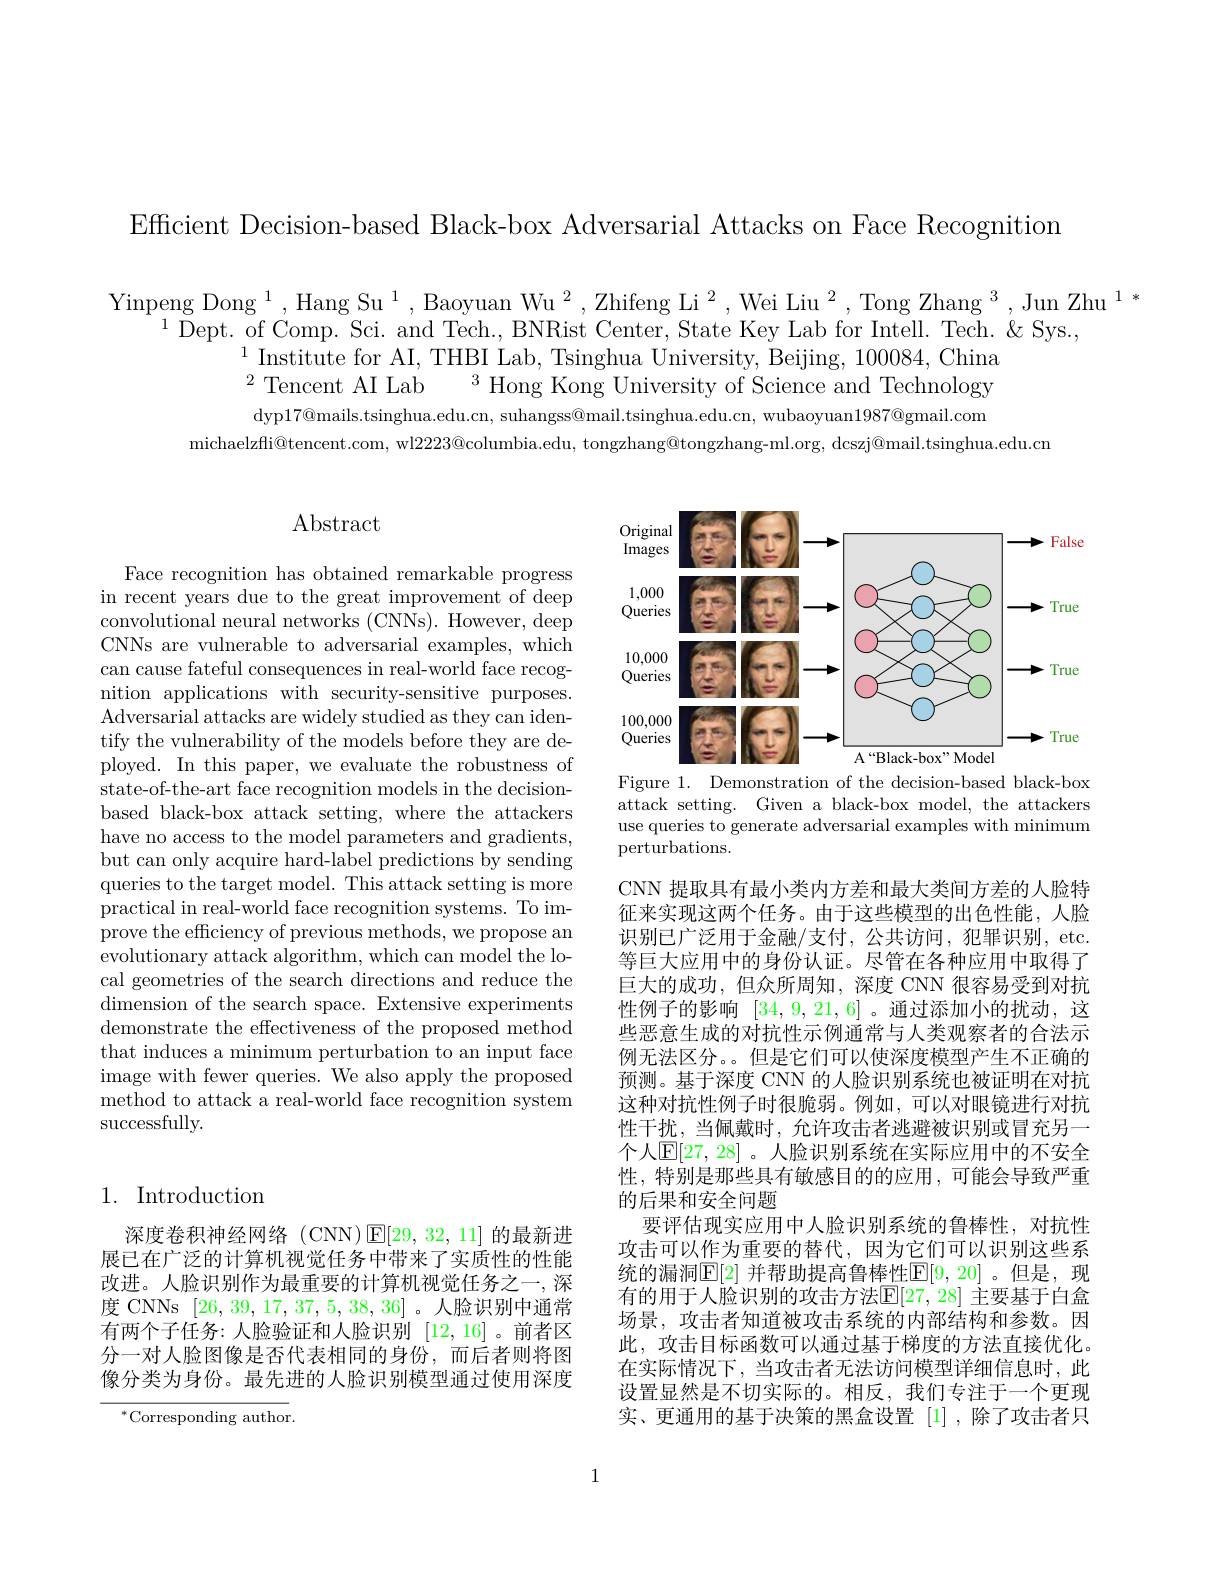
Efficient Decision-based Black-box Adversarial Attacks on Face Recognition

Yinpeng Dong $^1,\text{Hang Su}^1,\text{Baoyuan Wu}^2,\text{Zhifeng Li}^2,\text{Wei Liu}^2,\text{Tong Zhang }^3,\text{Jun Zhu}^1*$
$^{1}$Dept. of Comp. Sci. and Tech., BNRist Center, State Key Lab for Intell. Tech. &Sys.,
$^{1}$ Institute for AI, THBI Lab, Tsinghua University, Beijing, 100084,China
$^{2}$Tencent AI Lab
$^{3}$ Hong Kong University of Science and Technology
dyp$17@$mails.tsinghua.edu.cn, suhangss@mail.tsinghua.edu.cn, wubaoyuan$1987@$gmail.com
michaelzfli@tencent.com, wl$22223@$columbia.edu, tongzhang@tongzhang-ml.org, dcszj@mail.tsinghua.edu.cn

## Abstract

<FigureHere>
Figure 1. Demonstration of the decision-based black-box

attack setting. Given a black-box model, the attackers use queries to generate adversarial examples with minimum perturbations.

Face recognition has obtained remarkable progress in recent years due to the great improvement of deep convolutional neural networks (CNNs). However, deep CNNs are vulnerable to adversarial examples, which can cause fateful consequences in real-world face recognition applications with security-sensitive purposes. Adversarial attacks are widely studied as they can identify the vulnerability of the models before they are deployed. In this paper, we evaluate the robustness of state-of-the-art face recognition models in the decisionbased black-box attack setting, where the attackers have no access to the model parameters and gradients, but can only acquire hard-label predictions by sending queries to the target model. This attack setting is more ${\mathrm{practical~in~real-world~face~recognition~systems.~To~im-}}$ prove the efficiency of previous methods, we propose an evolutionary attack algorithm, which can model the local geometries of the search directions and reduce the $\bar{\text{dimension of the search space. Extensive experiments}}$ demonstrate the effectiveness of the proposed method that induces a minimum perturbation to an input face image with fewer queries. We also apply the proposed method to attack a real-world face recognition system successfully.

CNN 提取具有最小类内方差和最大类间方差的人脸特征来实现这两个任务。由于这些模型的出色性能，人脸识别已广泛用于金融/支付，公共访问，犯罪识别，etc. 等巨大应用中的身份认证。尽管在各种应用中取得了巨大的成功，但众所周知，深度 CNN 很容易受到对抗性例子的影响[34,9,21,6] 。通过添加小的扰动，这些恶意生成的对抗性示例通常与人类观察者的合法示例无法区分。。但是它们可以使深度模型产生不正确的预测。基于深度 CNN 的人脸识别系统也被证明在对抗这种对抗性例子时很脆弱。例如，可以对眼镜进行对抗性干扰，当佩戴时，允许攻击者逃避被识别或冒充另一个人$\mathbb{E}[27,28]$ 。人脸识别系统在实际应用中的不安全性，特别是那些具有敏感目的的应用，可能会导致严重的后果和安全问题
要评估现实应用中人脸识别系统的鲁棒性，对抗性攻击可以作为重要的替代，因为它们可以识别这些系统的漏洞$\underline{\mathrm{E}}[2]$ 并帮助提高鲁棒性$\underline{\mathrm{E}}[9,20]$。但是，现有的用于人脸识别的攻击方法$\mathbb{E}[27,28]$ 主要基于白盒场景，攻击者知道被攻击系统的内部结构和参数。因此，攻击目标函数可以通过基于梯度的方法直接优化。在实际情况下，当攻击者无法访问模型详细信息时，此设置显然是不切实际的。相反，我们专注于一个更现实、更通用的基于决策的黑盒设置 [1] ,除了攻击者只

## 1. Introduction

深度卷积神经网络 (CNN)$\operatorname{E}[29,32,11]$的最新进展已在广泛的计算机视觉任务中带来了实质性的性能改进。人脸识别作为最重要的计算机视觉任务之一，深度 CNNs [26,39,17,37,5,38,36]。人脸识别中通常有两个子任务：人脸验证和人脸识别[12,16] 。前者区分一对人脸图像是否代表相同的身份，而后者则将图像分类为身份。最先进的人脸识别模型通过使用深度

$^*$Corresponding author.

1